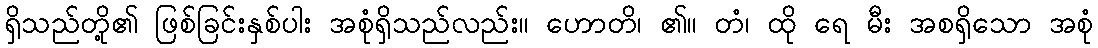
ရှိသည်တို့၏ ဖြစ်ခြင်းနှစ်ပါး အစုံရှိသည်လည်း။ ဟောတိ၊ ၏။ တံ၊ ထို ရေ မီး အစရှိသော အစုံ